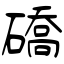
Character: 礄